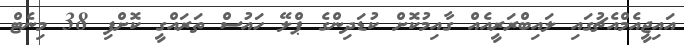
އައިޖީއެމްއެޗުގައި ލައިބްރަރީއެއް ގާއިމުކޮށް ކުޑަދިންގެ ޕްލޭ ހައުސް ތަރައްގީ ކޮށްފި 38 މިނެޓް